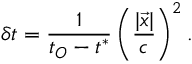
\delta t = \frac { 1 } { t _ { O } - t ^ { * } } \left( \frac { | \vec { x } | } { c } \right) ^ { 2 } .